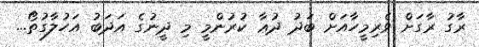
ރާގު ރާގަށް ވެރިމީހާއަށް ބަދު ދުޢާ ކުރުންމީ މި ދީނުގެ އަދަބު އަހުލާގުތޯ...